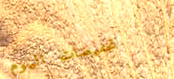
تخفيضات اليوم